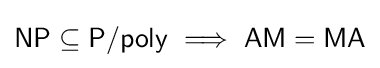
{\mathsf {NP}}\subseteq {\mathsf {P/poly}}\implies {\mathsf {AM}}={\mathsf {MA}}